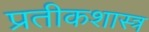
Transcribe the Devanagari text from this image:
प्रतीकशास्त्र